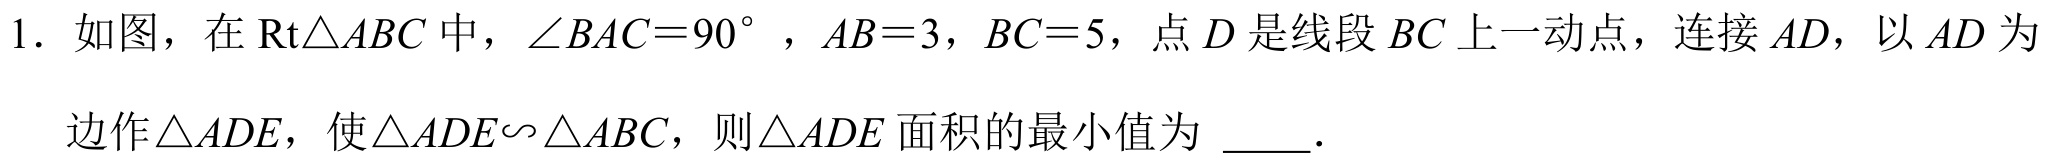
1. 如图，在\(\text{Rt}\triangle ABC\)中，\(\angle BAC = 90^{\circ}\)，\(AB = 3\)，\(BC = 5\)，点\(D\)是线段\(BC\)上一动点，连接\(AD\)，以\(AD\)为
边作\(\triangle ADE\)，使\(\triangle ADE\sim\triangle ABC\)，则\(\triangle ADE\)面积的最小值为 \(\underline{\quad\quad}\).